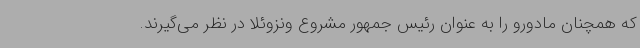
که همچنان مادورو را به عنوان رئیس جمهور مشروع ونزوئلا در نظر می‌گیرند.